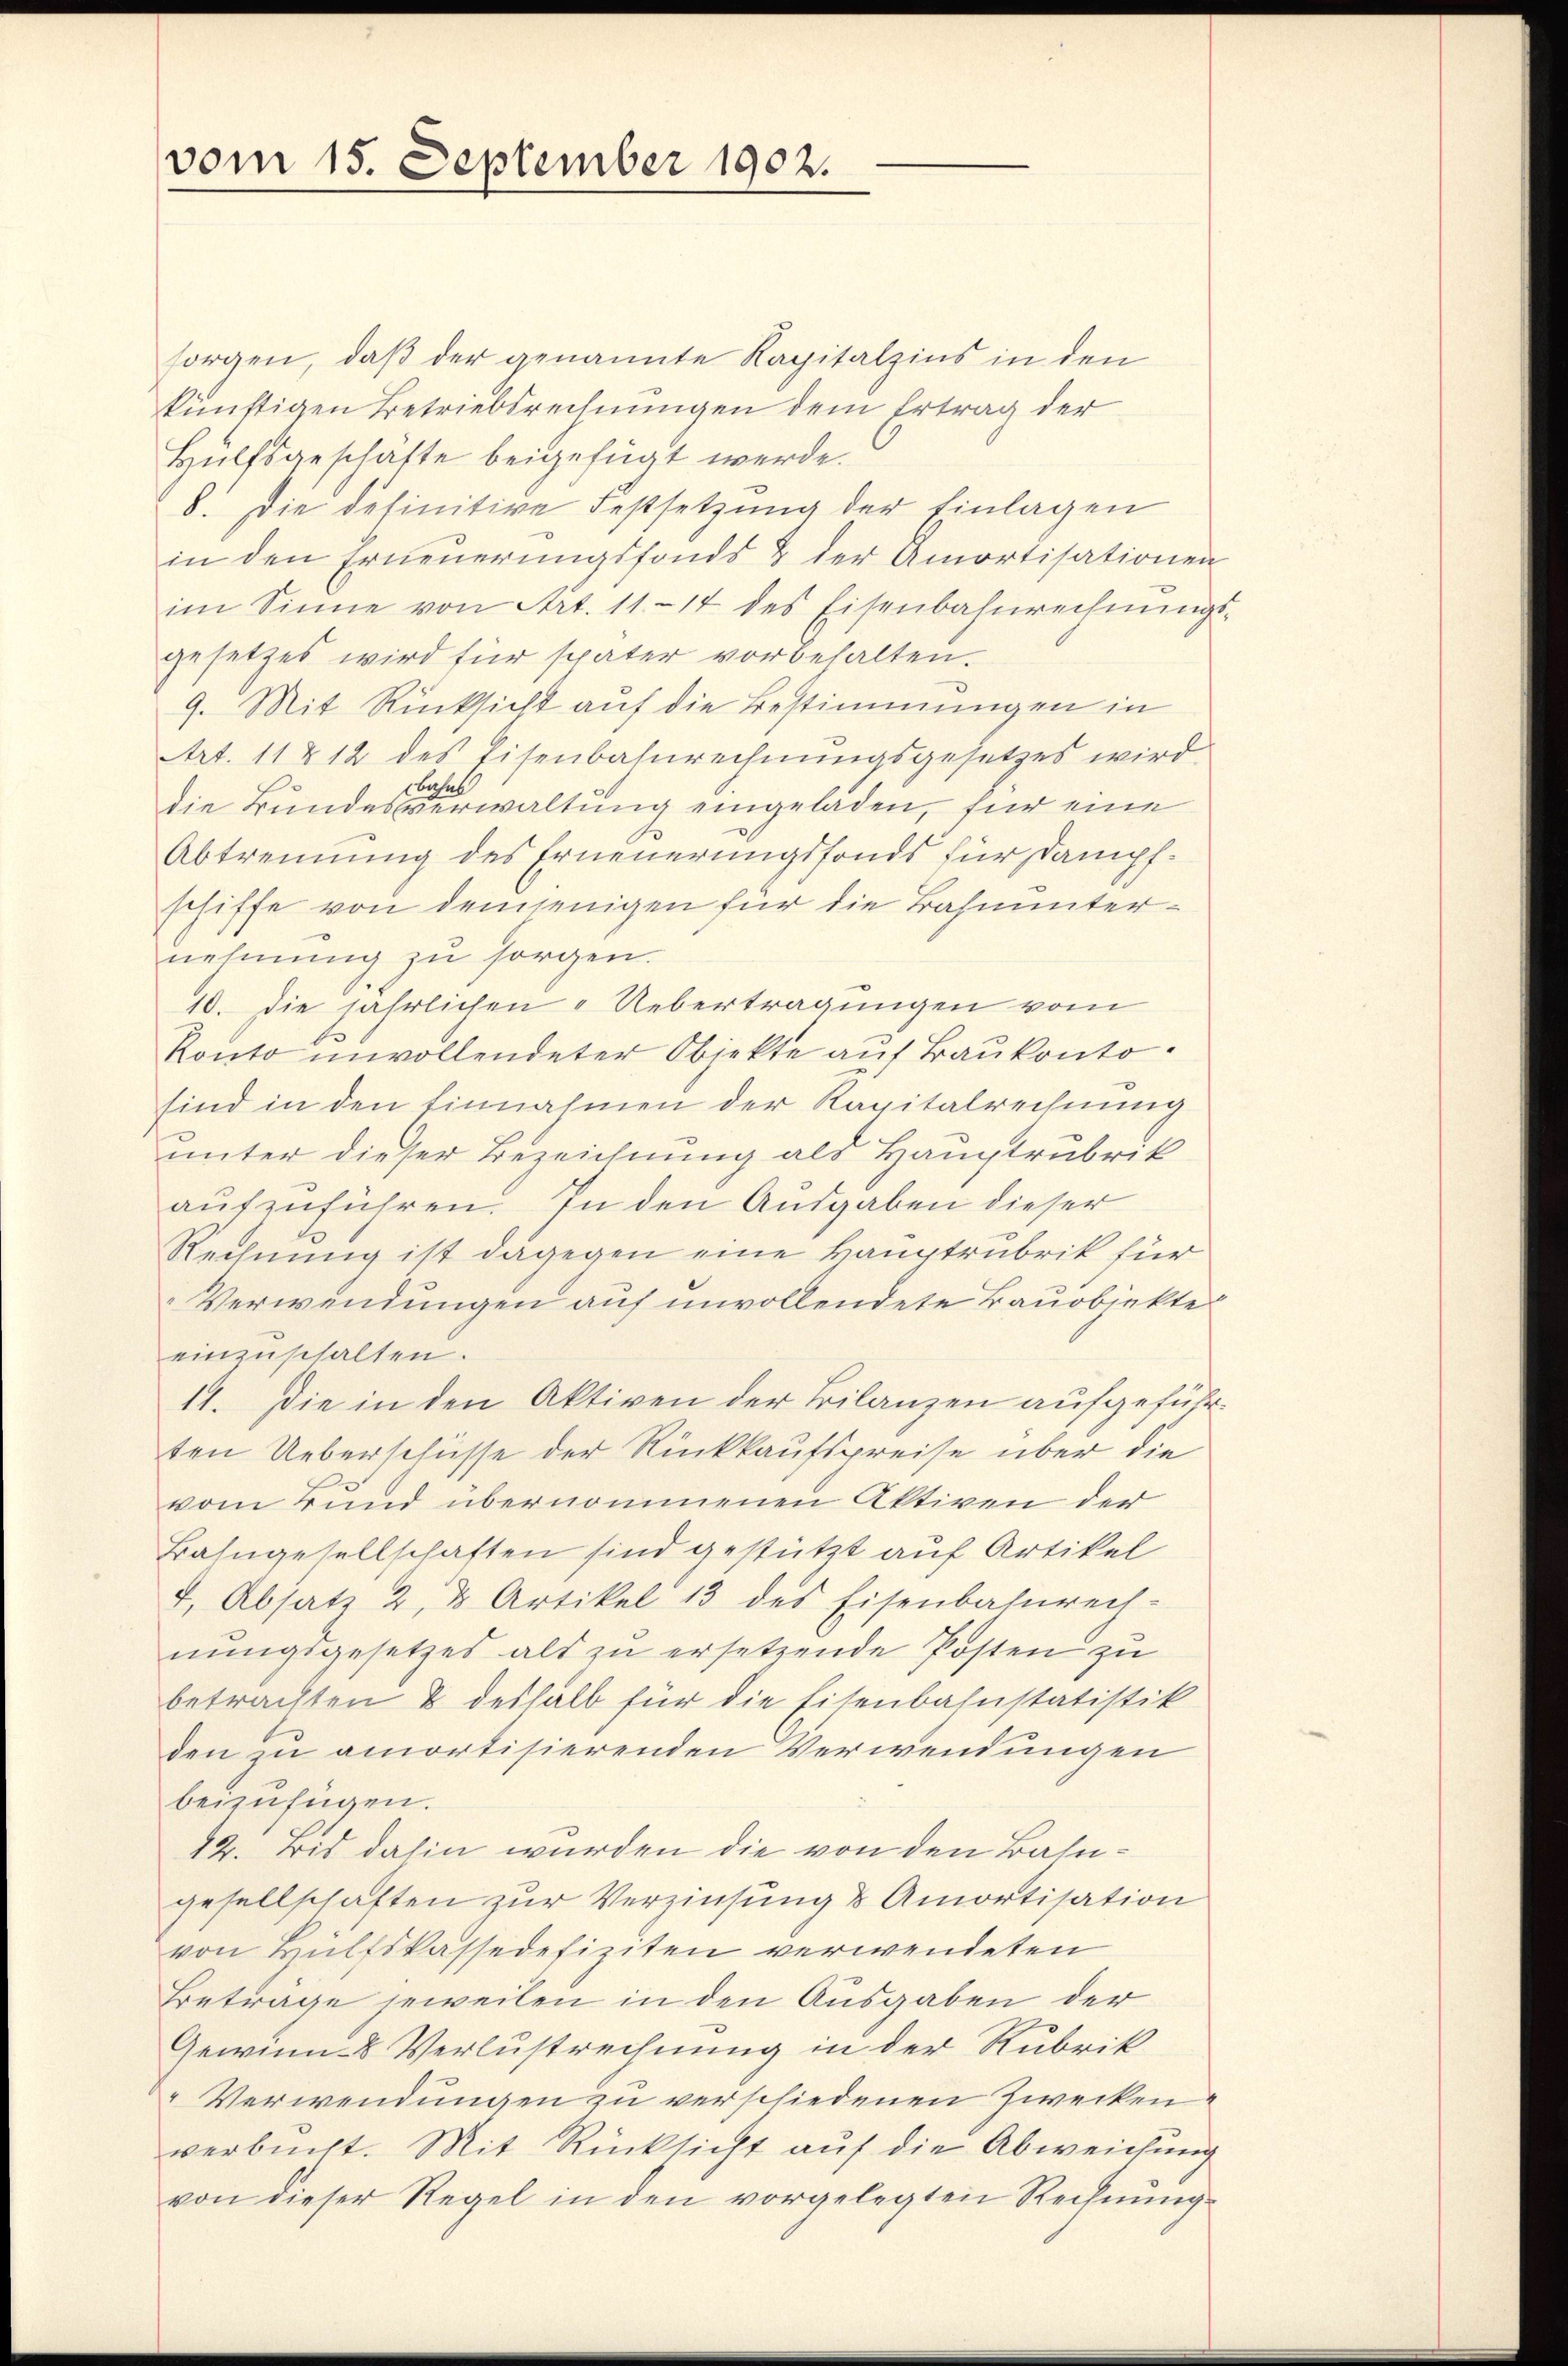
vom 15. September 1902.

sorgen, daß der genannte Kapitalzins in den
künftigen Betriebsrechnungen dem Ertrag der
Hülfsgeschäfte beigefügt werde.
8. Die definitive Festsetzung der Einlagen
in den Erneuerungsfonds & der Amortisationen
im Sinne von Art. 1114 des Eisenbahnrechnŭngs-
gesetzes wird für später vorbehalten.
9. Mit Rücksicht auf die Bestimmungen in
Art. 11 & 12 des Eisenbahnrechnŭngsgesetzes wird
bahns
die Bundesverwaltung eingeladen, für eine
Abtrennung des Erneuerungsfonds für Dampfschiffe von demjenigen für die Bahnunternehmung zu sorgen.
10. die jährlichen Uebertragungen vom
Konto unvollendeter Objekte auf Baukonto.
sind in den Einnahmen der Kapitalrechnung
unter dieser Bezeichnung als Hauptrubrik
aufzuführen. In den Ausgaben dieser
Rechnung ist dagegen eine Hauptrubrik für
Verwendungen auf unvollendete Bauabiekte
einzuschalten.
11. Die in den Aktiven der Bilanzen aufgeführten Ueberschüsse der Rückkaufspreise über die
vom Bund übernommenen Aktiven der
Bahngesellschaften sind gestützt auf Artikel
4. Absatz 2 & Artikel 13 des Eisenbahnrech-
nungsgesetzes als zu ersetzende Posten zu
betrachten & deshalb für die Eisenbahnstatistik
den zu amortisierenden Verwendungen
beizufügen.
12. Bis dahin wurden die von den Bahngesellschaften zur Verzinsung & Amortisation
von Hülfskassadefiziten verwendeten
Beträge jeweilen in den Ausgaben der
Gewinn- & Verlustrechnung in der Rubrik
Verwendungen zu verschiedenen Zwecken.
verbucht. Mit Rücksicht auf die Abweichung
von dieser Regel in den vorgelegten Rechnung